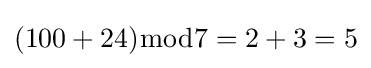
(100+24){\bmod {7}}=2+3=5